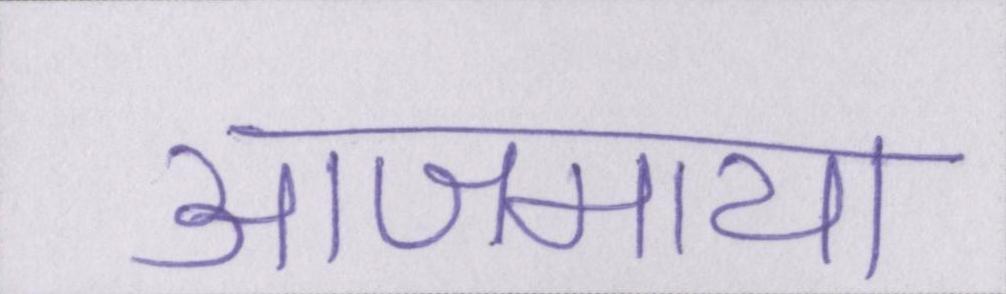
आजमाया